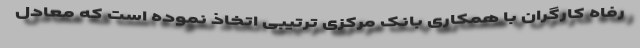
رفاه کارگران با همکاری بانک مرکزی ترتیبی اتخاذ نموده است که معادل